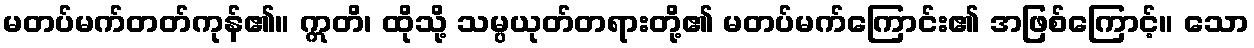
မတပ်မက်တတ်ကုန်၏။ ဣတိ၊ ထိုသို့ သမ္ပယုတ်တရားတို့၏ မတပ်မက်ကြောင်း၏ အဖြစ်ကြောင့်။ သော